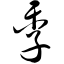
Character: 季